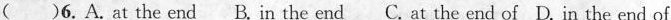
( )6. A. at the end B. in the end C. at the end of D. in the end of